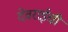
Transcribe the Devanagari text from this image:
देवराईची